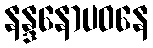
နန္ဒနောပဝနေ